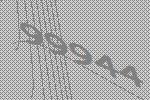
99944